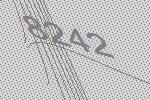
8242